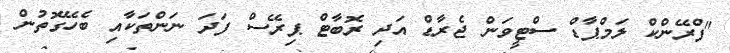
"ފްރޭންކް ލަމްޕާޑް ސްޓީވަން ޖެރާޑް އަދި ރޮބާޓް ޕިރޭސް ފަދަ ނަންތަކާއި ބެހޭގޮތުން